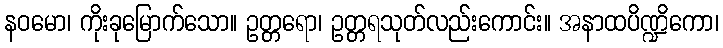
နဝမော၊ ကိုးခုမြောက်သော။ ဥတ္တရော၊ ဥတ္တရသုတ်လည်းကောင်း။ အနာထပိဏ္ဍိကော၊